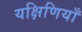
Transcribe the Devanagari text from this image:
यक्षिणियाँ